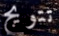
تتويج